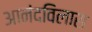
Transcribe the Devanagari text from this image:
आनंदविलास